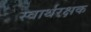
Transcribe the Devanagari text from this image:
स्वार्थरक्षक